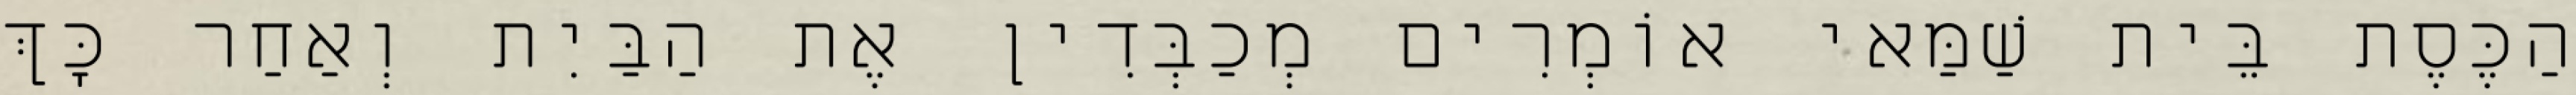
הַכֶּסֶת בֵּית שַׁמַּאי אוֹמְרִים מְכַבְּדִין אֶת הַבַּיִת וְאַחַר כָּךְ